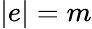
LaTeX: |e|=m